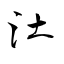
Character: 汢